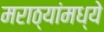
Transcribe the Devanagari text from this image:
मराठ्यांमध्ये